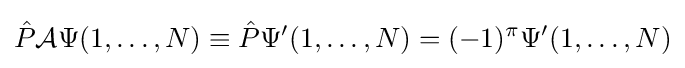
{\hat {P}}{\mathcal {A}}\Psi (1,\ldots ,N)\equiv {\hat {P}}\Psi '(1,\ldots ,N)=(-1)^{\pi }\Psi '(1,\ldots ,N)